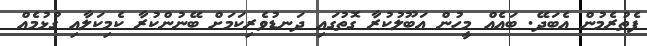
ފެތުރެމުން އެބަދޭ. ބައެއް މީހުން ޢަބޫލުކުރާ ގޮތުގައި ދަނޑުވެރިކަމަށް ބޭނުންކުރާ ކެމިކަލާއި ގުޅުމެއް